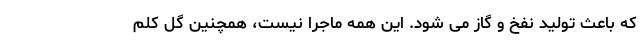
که باعث تولید نفخ و گاز می شود. این همه ماجرا نیست، همچنین گل کلم